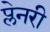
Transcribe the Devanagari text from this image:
प्लेनरी